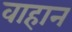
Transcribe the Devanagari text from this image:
वाहान